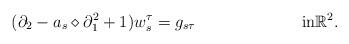
LaTeX: \begin{align*}(\partial_2 - a_s \diamond \partial_1^2 + 1) w^{\tau}_s & = g_{s \tau} && \textrm{in} \mathbb{R}^2.\end{align*}